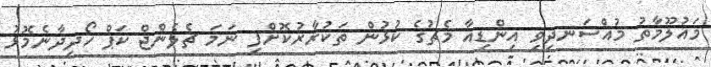
މައުލޫމާތު މުއްސަނދިވި އިންޑިއާ މެޗުގެ ކުޅުން ތަކުރާރުކޮށްފި ނަމަ ޗެލެންޖް ކަޕް ހޯދިދާނެމޮޅު